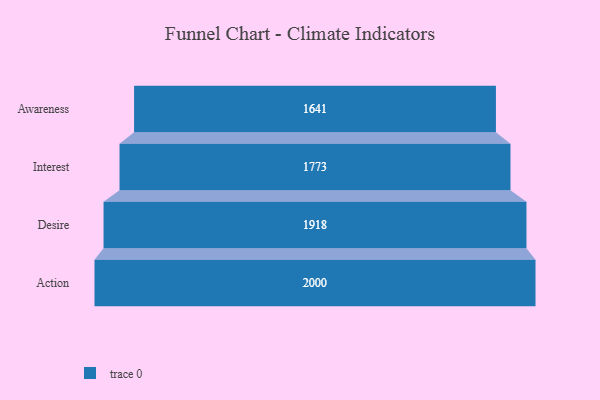
{"axis": {"x": "Stage", "y": "Value"}, "legend": [""], "data": [{"x": "Awareness", "y": 1641.0, "type": ""}, {"x": "Interest", "y": 1773.0, "type": ""}, {"x": "Desire", "y": 1918.0, "type": ""}, {"x": "Action", "y": 2000, "type": ""}]}